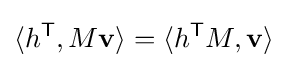
\langle h^{\mathsf {T}},M\mathbf {v} \rangle =\langle h^{\mathsf {T}}M,\mathbf {v} \rangle